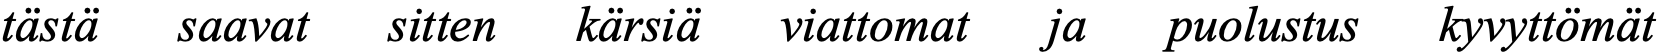
tästä saavat sitten kärsiä viattomat ja puolustus kyvyttömät